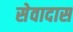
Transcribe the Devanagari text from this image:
सेवादास